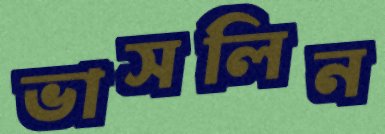
ভাসলিন